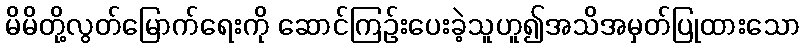
မိမိတို့လွတ်မြောက်ရေးကို ဆောင်ကြဉ်းပေးခဲ့သူဟူ၍အသိအမှတ်ပြုထားသော